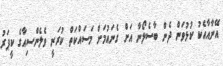
އޭނާއާއެކު ކުޅުވަން ދެން ބާސެލޯނާ އަށް ގެނައުމަށް މަސައްކަތް ކުރަނީ ވެލެންސިއާގެ ކީޕަރު